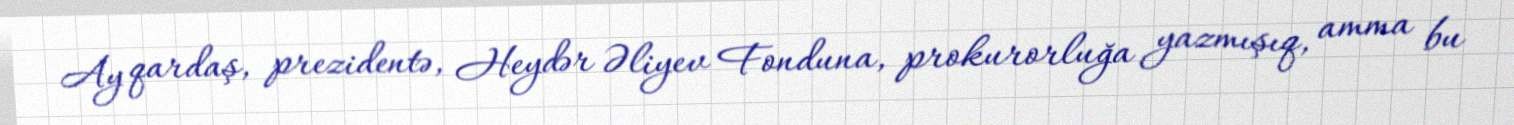
Ay qardaş, prezidentə, Heydər Əliyev Fonduna, prokurorluğa yazmışıq, amma bu